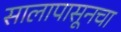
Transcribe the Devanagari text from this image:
सालापासूनचा